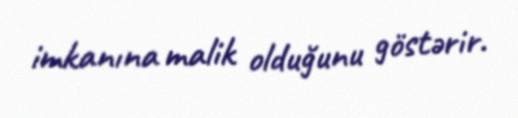
imkanına malik olduğunu göstərir.